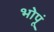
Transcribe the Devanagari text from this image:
भोपूं